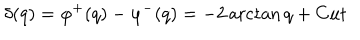
\delta ( q ) = \varphi ^ { + } ( q ) - \varphi ^ { - } ( q ) = - 2 \operatorname { a r c t a n } q + C u t